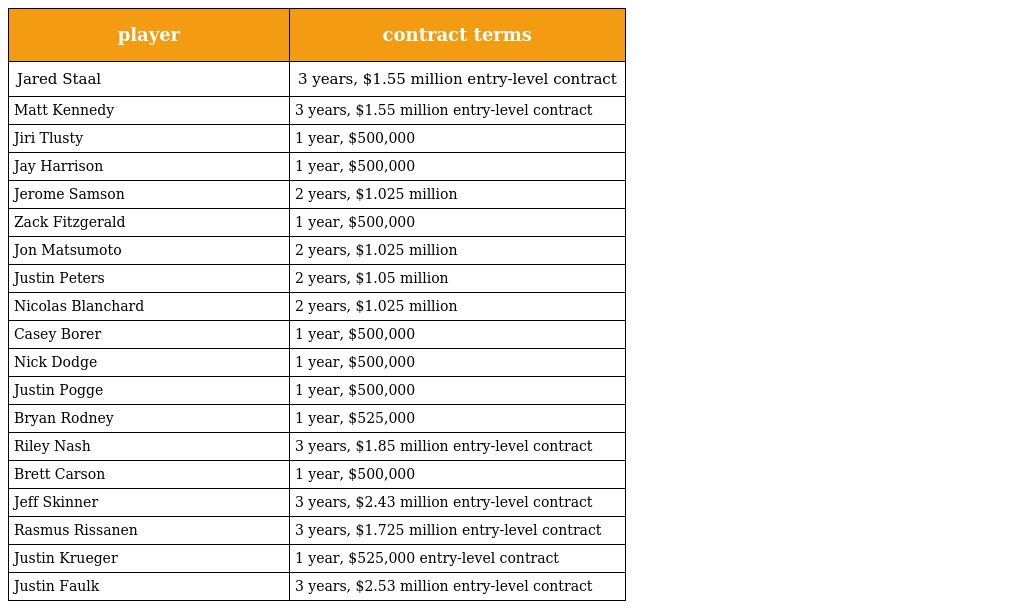
| player | contract terms |
 | --- | --- |
 | Jared Staal | 3 years, $1.55 million entry-level contract |
 | Matt Kennedy | 3 years, $1.55 million entry-level contract |
 | Jiri Tlusty | 1 year, $500,000 |
 | Jay Harrison | 1 year, $500,000 |
 | Jerome Samson | 2 years, $1.025 million |
 | Zack Fitzgerald | 1 year, $500,000 |
 | Jon Matsumoto | 2 years, $1.025 million |
 | Justin Peters | 2 years, $1.05 million |
 | Nicolas Blanchard | 2 years, $1.025 million |
 | Casey Borer | 1 year, $500,000 |
 | Nick Dodge | 1 year, $500,000 |
 | Justin Pogge | 1 year, $500,000 |
 | Bryan Rodney | 1 year, $525,000 |
 | Riley Nash | 3 years, $1.85 million entry-level contract |
 | Brett Carson | 1 year, $500,000 |
 | Jeff Skinner | 3 years, $2.43 million entry-level contract |
 | Rasmus Rissanen | 3 years, $1.725 million entry-level contract |
 | Justin Krueger | 1 year, $525,000 entry-level contract |
 | Justin Faulk | 3 years, $2.53 million entry-level contract |